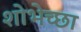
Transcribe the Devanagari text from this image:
शोभेच्छा